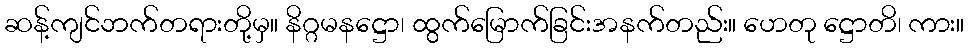
ဆန့်ကျင်ဘက်တရားတို့မှ။ နိဂ္ဂမနဋ္ဌော၊ ထွက်မြောက်ခြင်းအနက်တည်း။ ဟေတု ဋ္ဌောတိ၊ ကား။